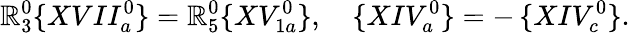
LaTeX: \mathbb{R}_{3}^{0}\{ XVII_{a}^{0}\} =\mathbb{R}_{5}^{0}\{ XV_{1a}^{0}\} ,\quad\{ XIV_{a}^{0}\} =-\, \{ XIV_{c}^{0}\} .